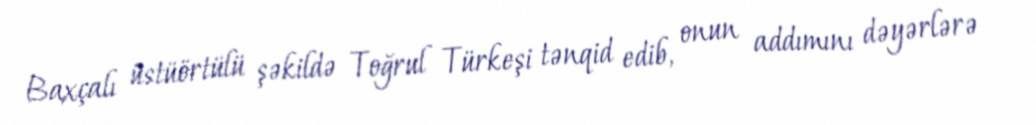
Baxçalı üstüörtülü şəkildə Toğrul Türkeşi tənqid edib, onun addımını dəyərlərə